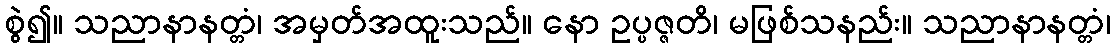
စွဲ၍။ သညာနာနတ္တံ၊ အမှတ်အထူးသည်။ နော ဥပ္ပဇ္ဇတိ၊ မဖြစ်သနည်း။ သညာနာနတ္တံ၊